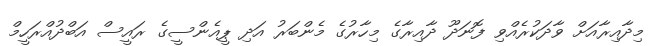
މިދާއިރާއަށް ވާދަކުރެއްވި ފޮނަދޫ ދާއިރާގެ މިހާރުގެ މެންބަރު އަދި ޕީއެންސީގެ ރައީސް އަބްދުއްރަހީމް